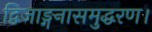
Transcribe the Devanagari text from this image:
द्विजाङ्गनासमुद्धरण।